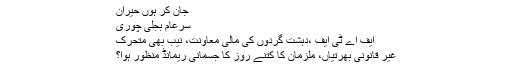
جان کر ہوں حیران
سرعام بجلی چوری
ایف اے ٹی ایف ،دہشت گردوں کی مالی معاونت، نیب بھی متحرک
غیر قانونی بھرتیاں، ملزمان کا کتنے روز کا جسمانی ریمانڈ‌ منظور ہوا؟